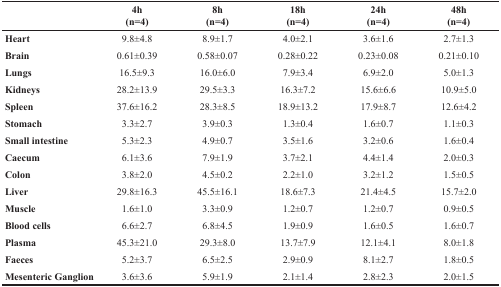
<table><thead><tr><td rowspan="2"></td><td><b>4h</b></td><td><b>8h</b></td><td><b>18h</b></td><td><b>24h</b></td><td><b>48h</b></td></tr><tr><td><b>(n=4)</b></td><td><b>(n=4)</b></td><td><b>(n=4)</b></td><td><b>(n=4)</b></td><td><b>(n=4)</b></td></tr></thead><tbody><tr><td><b>Heart</b></td><td>9.8±4.8</td><td>8.9±1.7</td><td>4.0±2.1</td><td>3.6±1.6</td><td>2.7±1.3</td></tr><tr><td><b>Brain</b></td><td>0.61±0.39</td><td>0.58±0.07</td><td>0.28±0.22</td><td>0.23±0.08</td><td>0.21±0.10</td></tr><tr><td><b>Lungs</b></td><td>16.5±9.3</td><td>16.0±6.0</td><td>7.9±3.4</td><td>6.9±2.0</td><td>5.0±1.3</td></tr><tr><td><b>Kidneys</b></td><td>28.2±13.9</td><td>29.5±3.3</td><td>16.3±7.2</td><td>15.6±6.6</td><td>10.9±5.0</td></tr><tr><td><b>Spleen</b></td><td>37.6±16.2</td><td>28.3±8.5</td><td>18.9±13.2</td><td>17.9±8.7</td><td>12.6±4.2</td></tr><tr><td><b>Stomach</b></td><td>3.3±2.7</td><td>3.9±0.3</td><td>1.3±0.4</td><td>1.6±0.7</td><td>1.1±0.3</td></tr><tr><td><b>Small intestine</b></td><td>5.3±2.3</td><td>4.9±0.7</td><td>3.5±1.6</td><td>3.2±0.6</td><td>1.6±0.4</td></tr><tr><td><b>Caecum</b></td><td>6.1±3.6</td><td>7.9±1.9</td><td>3.7±2.1</td><td>4.4±1.4</td><td>2.0±0.3</td></tr><tr><td><b>Colon</b></td><td>3.8±2.0</td><td>4.5±0.2</td><td>2.2±1.0</td><td>3.2±1.2</td><td>1.5±0.5</td></tr><tr><td><b>Liver</b></td><td>29.8±16.3</td><td>45.5±16.1</td><td>18.6±7.3</td><td>21.4±4.5</td><td>15.7±2.0</td></tr><tr><td><b>Muscle</b></td><td>1.6±1.0</td><td>3.3±0.9</td><td>1.2±0.7</td><td>1.2±0.7</td><td>0.9±0.5</td></tr><tr><td><b>Blood cells</b></td><td>6.6±2.7</td><td>6.8±4.5</td><td>1.9±0.9</td><td>1.6±0.5</td><td>1.6±0.7</td></tr><tr><td><b>Plasma</b></td><td>45.3±21.0</td><td>29.3±8.0</td><td>13.7±7.9</td><td>12.1±4.1</td><td>8.0±1.8</td></tr><tr><td><b>Faeces</b></td><td>5.2±3.7</td><td>6.5±2.5</td><td>2.9±0.9</td><td>8.1±2.7</td><td>1.8±0.5</td></tr><tr><td><b>Mesenteric Ganglion</b></td><td>3.6±3.6</td><td>5.9±1.9</td><td>2.1±1.4</td><td>2.8±2.3</td><td>2.0±1.5</td></tr></tbody></table>